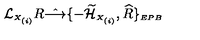
{ \cal L } _ { \scriptscriptstyle X _ { ( i ) } } R \hat { \longrightarrow } \{ - \widetilde { \cal H } _ { \scriptscriptstyle X _ { ( i ) } } , \widehat { R } \} _ { \scriptscriptstyle E P B }